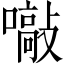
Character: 𡁞